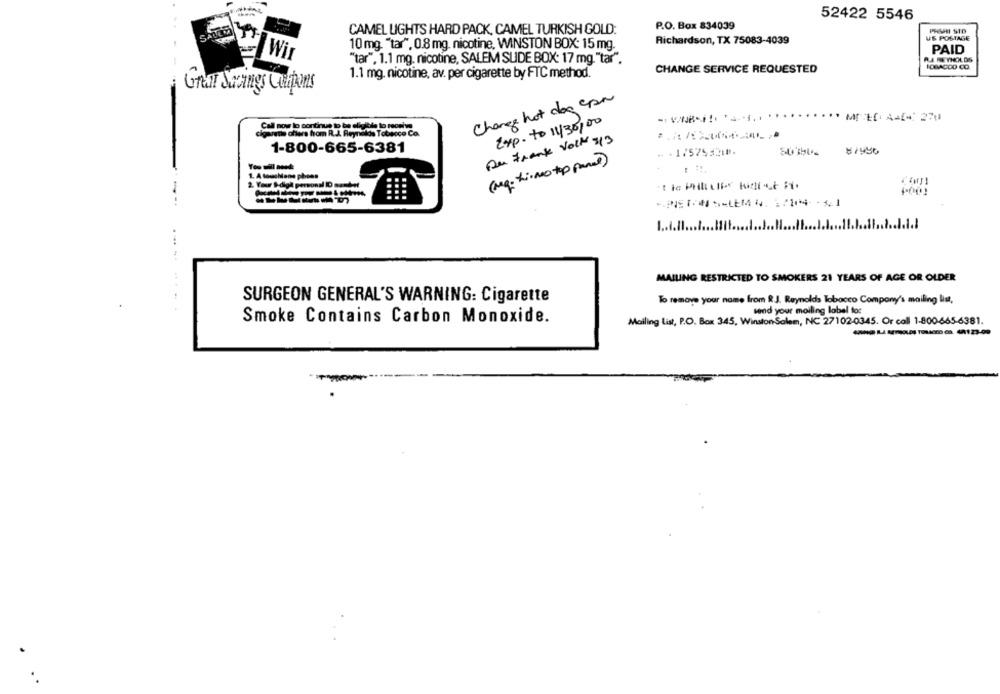
52422 5546
P.O. Box 834039
CAMEL LIGHTS HARD PACK, CAMEL TURKISH GOLD:
PIGHI STO
Richardson, TX 75083-4039
US POSTAGE
10 mg. "tar", 0.8 mg. nicotine, WINSTON BOX: 15 mg.
PAID
Wir
"tar", 1.1 mg. nicotine, SALEM SLIDE BOX: 17 mg. "tar".
RA REYNOLDS
CHANGE SERVICE REQUESTED
1.1 mg. nicotine, av. per cigarette by FTC method.
Great Swings Cultos
Change hot dog con
Exp. to 11/30,00
Call now to continue to be eligible to receive
cigarets afters from R.J. Reyncks Tobacco Co.
Du Frank Volk 413
1-800-665-6381
⑉ 17525321.
81450
(Mq- firmo top panel)
1. A tousMone phons
2. Your S-diga personal ID sundet
-PETS-LEMN. : 7104-41
1 .... / ...
.1.1
MAILING RESTRICTED TO SMOKERS 21 YEARS OF AGE OR OLDER
SURGEON GENERAL'S WARNING: Cigarette
To remove your name from R.J. Reynolds Tobacco Company's mailing list,
send your moiling label for
Smoke Contains Carbon Monoxide.
Mailing List, P.O. Box 345, Winston-Salem, NC 27102-0345. Or coll 1-800-665-6381.